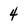
Character: 4